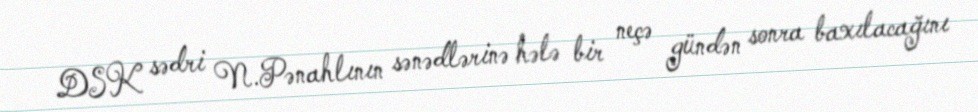
DSK sədri N.Pənahlının sənədlərinə hələ bir neçə gündən sonra baxılacağını